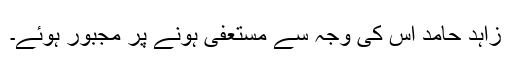
زاہد حامد اس کی وجہ سے مستعفی ہونے پر مجبور ہوئے۔